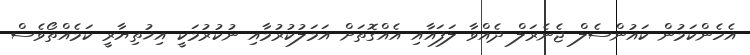
އެހެންކަމުން ކައުންސެލް ޖެނެރަލް ދެއްވާ ލަފައާއި އެއްގޮތަށް އަމަލުކުރުމާއި ނުކުރުމަކީ އިޚުތިޔާރީ ކަމެއްތޯވެސް